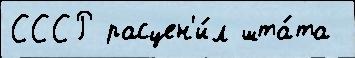
СССР расцен'и́л шта́та